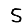
Digit: 5